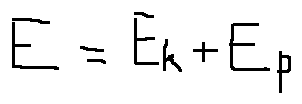
E = E _ { k } + E _ { p }